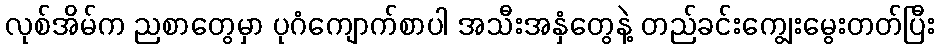
လုစ်အိမ်က ညစာတွေမှာ ပုဂံကျောက်စာပါ အသီးအနှံတွေနဲ့ တည်ခင်းကျွေးမွေးတတ်ပြီး